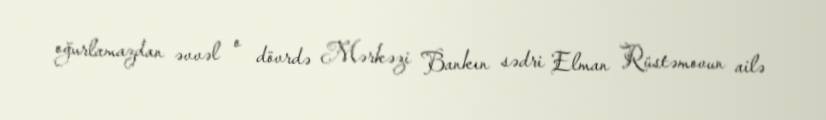
oğurlamazdan əvvəl o dövrdə Mərkəzi Bankın sədri Elman Rüstəmovun ailə